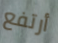
أرتفع